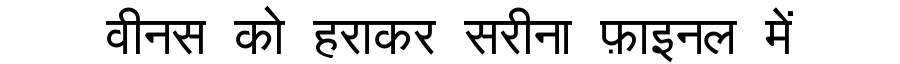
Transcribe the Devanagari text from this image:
वीनस को हराकर सरीना फ़ाइनल में